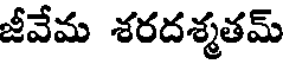
జీవేమ శరదశ్మతమ్